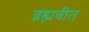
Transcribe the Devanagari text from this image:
ब्रह्मवीत